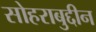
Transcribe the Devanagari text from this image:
सोहराबुद्दीन